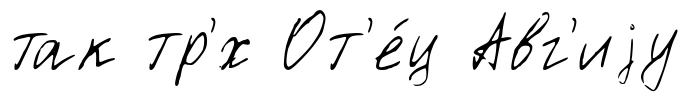
так тр'́х От'е́ц Авг'иjу